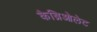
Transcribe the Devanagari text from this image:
कैब्रिओलेट